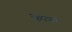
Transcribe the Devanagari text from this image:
फेफना